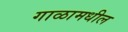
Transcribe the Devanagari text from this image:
गाळामधील